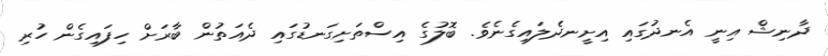
ދާނިޝް އިނީ އެނދުގައި އިށީނދެލައިގެނެވެ. ބޮލުގެ އިސްތަށިގަނޑުގައި ދެއަތުން ބާރަށް ހިފައިގެން ހުރި